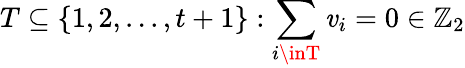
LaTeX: T\subseteq\{ 1,2,...,t+1\} :\sum_{i\inT}\mathit{v}_{i}=0\in\mathbb{{Z}}_{2}